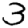
Digit: 3